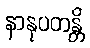
နာနုပတန္တိ